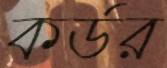
কর্ডর